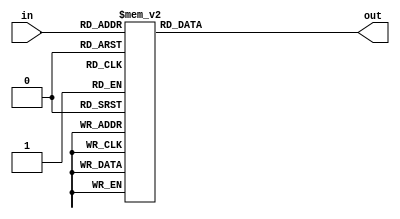
//
// Copyright Notice: Free use of this library is permitted under the
// guidelines and in accordance with the MIT License (MIT).
// http://opensource.org/licenses/MIT
//
//======================================================================

`timescale 1ns/1ps

module PRESENT_ENCRYPT_SBOX (
   output reg [3:0] out,
   input      [3:0] in
);


always @(in)
    case (in)
        4'h0 : out = 4'h5;
        4'h1 : out = 4'hE;
        4'h2 : out = 4'hF;
        4'h3 : out = 4'h8;
        4'h4 : out = 4'hC;
        4'h5 : out = 4'h1;
        4'h6 : out = 4'h2;
        4'h7 : out = 4'hD;
        4'h8 : out = 4'hB;
        4'h9 : out = 4'h4;
        4'hA : out = 4'h6;
        4'hB : out = 4'h3;
        4'hC : out = 4'h0;
        4'hD : out = 4'h7;
        4'hE : out = 4'h9;
        4'hF : out = 4'hA;
    endcase

endmodule